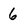
Character: 6